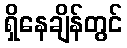
ရှိနေချိန်တွင်